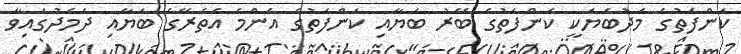
ކަންފަތުގެ މެދުބަޔަކީ ކަންފަތުގެ ބޭރު ބަޔާއި ކަންފަތުގެ އެންމެ އެތެރޭގެ ބަޔާއި ދެމެދުގައިވާ